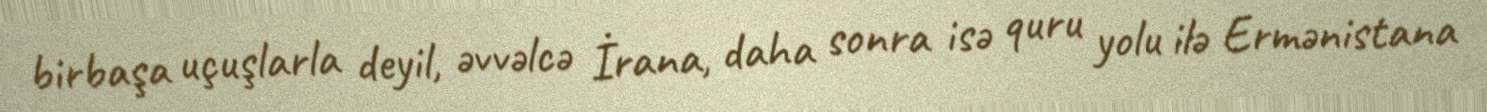
birbaşa uçuşlarla deyil, əvvəlcə İrana, daha sonra isə quru yolu ilə Ermənistana